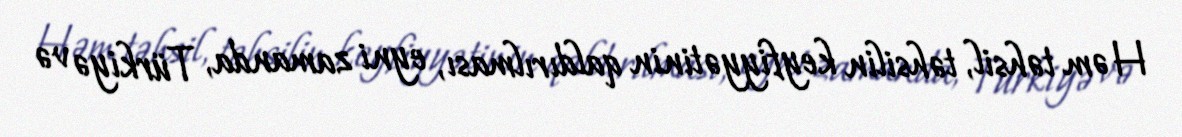
Həm təhsil, təhsilin keyfiyyətinin qaldırılması, eyni zamanda, Türkiyə və